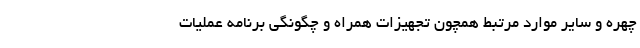
چهره و سایر موارد مرتبط همچون تجهیزات همراه و چگونگی برنامه عملیات